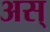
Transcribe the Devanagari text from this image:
अस्‌